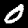
Label: 0